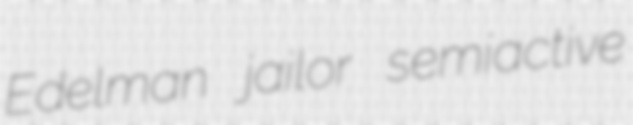
Edelman jailor semiactive